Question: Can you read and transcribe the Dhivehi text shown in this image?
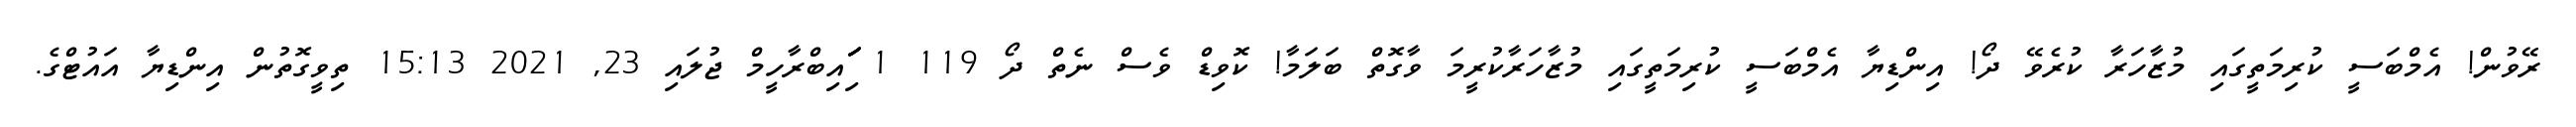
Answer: ރޭވުން! އެމްބަސީ ކުރިމަތީގައި މުޒާހަރާ ކުރެވޭ ދޯ! އިންޑިޔާ އެމްބަސީ ކުރިމަތީގައި މުޒާހަރާކުރީމަ ވާގޮތް ބަލަމާ! ކޮވިޑް ވެސް ނެތް ދޯ 119 1 ަިަަައިބްރާހީމް ޖުލައި 23, 2021 15:13 ތިވީގޮތުން އިންޑިޔާ އައުޓްގެ.